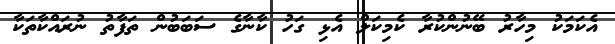
އެކަމަކު މިހާރު ބޭނުންކުރާ ކެމިކަލް އެޅި ގަހު ކާނާގެ ސަބަބުން ތަފާތު ނުރައްކާތަކާ